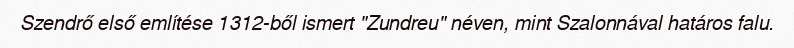
Szendrő első említése 1312-ből ismert "Zundreu" néven, mint Szalonnával határos falu.